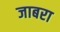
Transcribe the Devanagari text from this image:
जाबरा